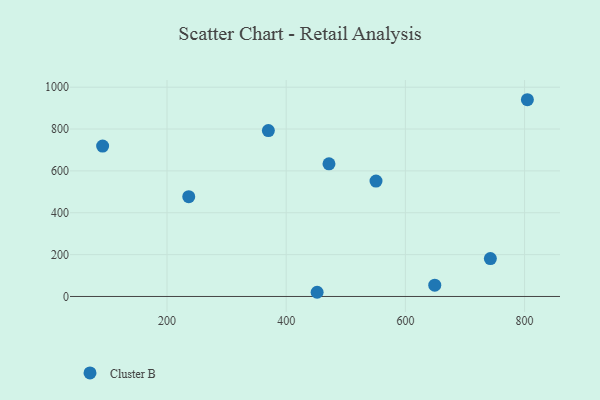
{"axis": {"x": "Experience", "y": "Sales"}, "legend": ["Cluster B"], "data": [{"x": "370.1", "y": 792.7, "type": "Cluster B"}, {"x": "236.5", "y": 476.9, "type": "Cluster B"}, {"x": "804.7", "y": 940.1, "type": "Cluster B"}, {"x": "742.6", "y": 181.2, "type": "Cluster B"}, {"x": "92.0", "y": 718.5, "type": "Cluster B"}, {"x": "550.7", "y": 551.6, "type": "Cluster B"}, {"x": "451.9", "y": 20.1, "type": "Cluster B"}, {"x": "471.8", "y": 633.7, "type": "Cluster B"}, {"x": "649.3", "y": 54.1, "type": "Cluster B"}]}